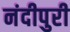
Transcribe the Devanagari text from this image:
नंदीपुरी